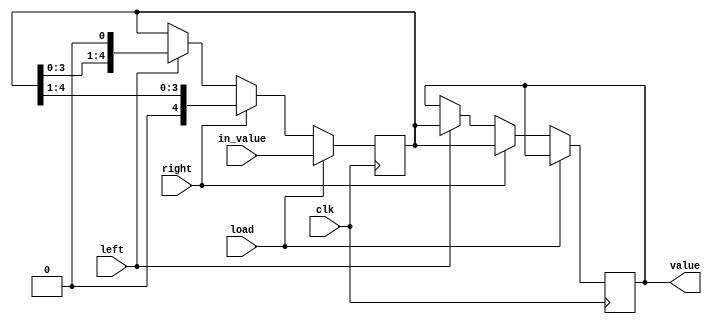
module shifter (

	input					clk,
	input					load,
	input					right,
	input					left,
	input			[4:0]	in_value,
	output	reg		[4:0]	value 
	
);

reg [4:0] internal_reg ;

always @ (posedge clk)
 begin
	 if (load)
	  begin
		 internal_reg <= in_value ;
	  end
	 else if (right)
	  begin
		 internal_reg <= internal_reg >> 1 ;
		 value <= internal_reg ;
	  end
	 else if (left)
	  begin
		 internal_reg <= internal_reg << 1 ;
         value <= internal_reg ;
	  end	  
 
 end
 
 
endmodule